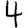
Digit: 4